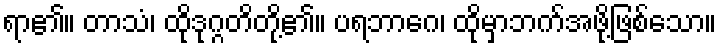
ရာ၏။ တာသံ၊ ထိုဒုဂ္ဂတိတို့၏။ ပရဘာဂေ၊ ထိုမှာဘက်အဖို့ဖြစ်သော။